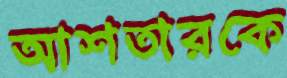
আশতারকে